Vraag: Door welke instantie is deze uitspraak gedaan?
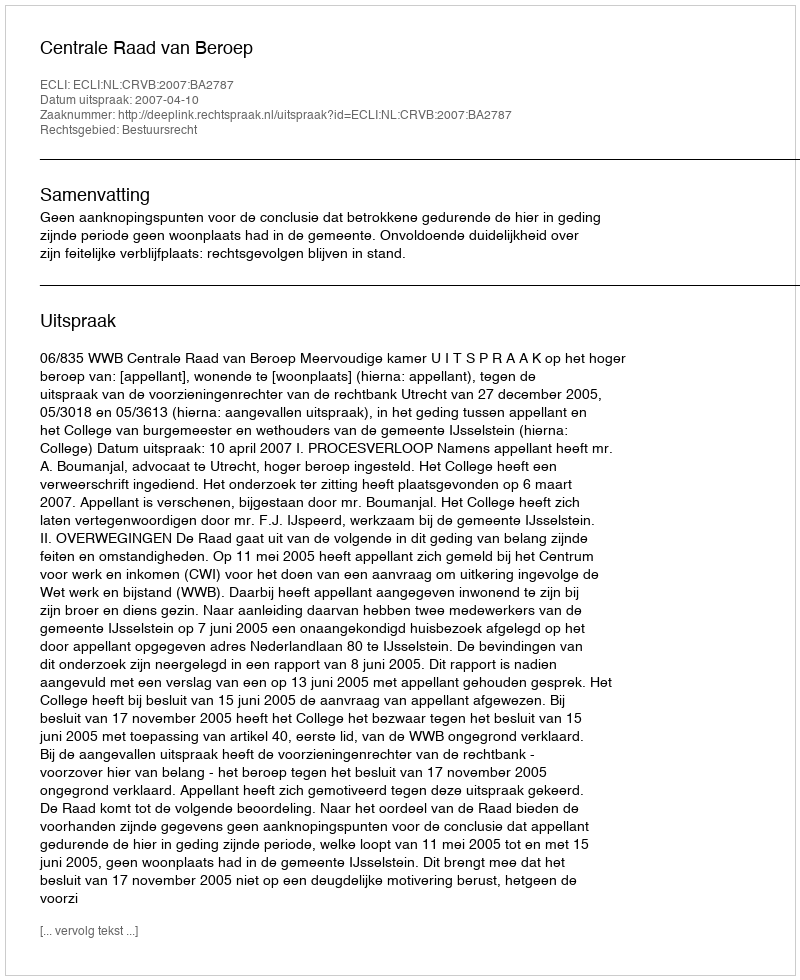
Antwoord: Centrale Raad van Beroep